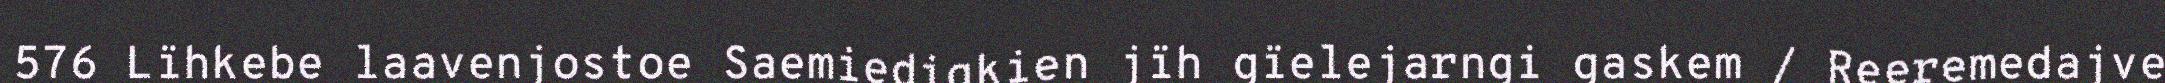
576 Lïhkebe laavenjostoe Saemiedigkien jïh gïelejarngi gaskem / Reeremedajve